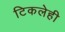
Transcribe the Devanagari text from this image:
टिकलेही